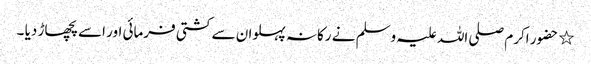
٭ حضور اکرم صلی اللہ علیہ وسلم نے رکانہ پہلوان سے کشتی فرمائی اور اسے پچھاڑ دیا ۔